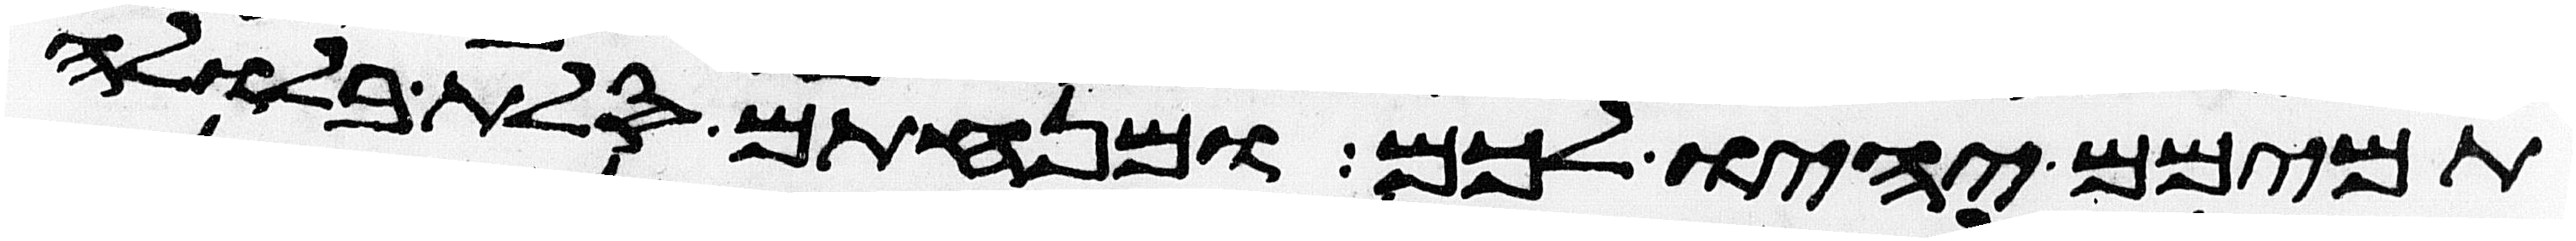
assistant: תמימם יהיו לכם ומנחתם סלת בלולה